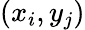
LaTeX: (x_{i},y_{j})